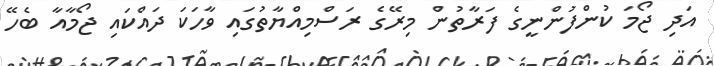
އަދި ޖޯމަ ކުންފުންނީގެ ފަރާތުން މިރޭގެ ރަސްމިއްޔާތުގައި ވާހަކަ ދައްކައި ޖޯމާއާ ބެހޭ